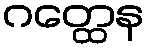
ဂတ္ထေန